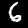
Label: 6